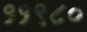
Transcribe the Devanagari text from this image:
११९८०